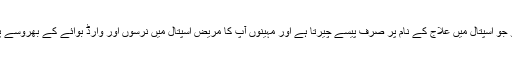
اس ڈاکٹر کو جو اسپتال میں علاج کے نام پر صرف پیسے چیرتا ہے اور مہینوں آپ کا مریض اسپتال میں نرسوں اور وارڈ بوائے کے بھروسے پڑا رہتا ہے۔